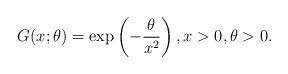
\begin{align*}G(x;\theta) = \exp\left(-\frac{\theta}{x^2}\right), x> 0,\theta>0 .\end{align*}